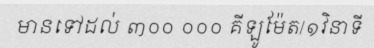
មានទៅដល់ ៣០០ ០០០ គីឡូម៉ែត/១វិនាទី